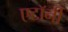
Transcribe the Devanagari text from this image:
एटाॅर्नी